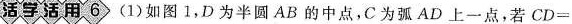
活学活用6 (1)如图1，D为半圆AB的中点，C为弧AD上一点，若CD=